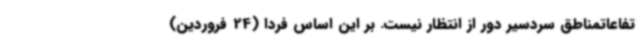
تفاعاتمناطق سردسیر دور از انتظار نیست. بر این اساس فردا (24 فروردین)